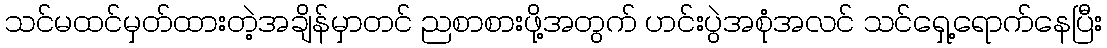
သင်မထင်မှတ်ထားတဲ့အချိန်မှာတင် ညစာစားဖို့အတွက် ဟင်းပွဲအစုံအလင် သင်ရှေ့ရောက်နေပြီး